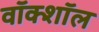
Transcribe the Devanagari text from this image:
वॉक्शॉल